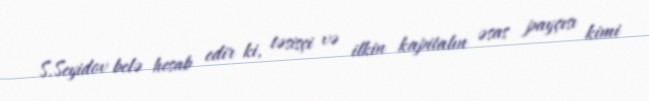
S.Seyidov belə hesab edir ki, təsisçi və ilkin kapitalın əsas payçısı kimi